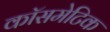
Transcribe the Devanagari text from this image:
कॉसमेटिक